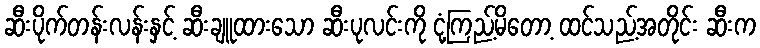
ဆီးပိုက်တန်းလန်းနှင့် ဆီးချူထားသော ဆီးပုလင်းကို ငုံ့ကြည့်မိတော့ ထင်သည့်အတိုင်း ဆီးက